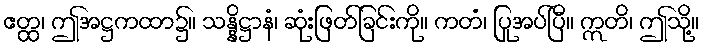
ဧတ္ထ၊ ဤအဋ္ဌကထာ၌။ သန္နိဋ္ဌာနံ၊ ဆုံးဖြတ်ခြင်းကို။ ကတံ၊ ပြုအပ်ပြီ။ ဣတိ၊ ဤသို့။